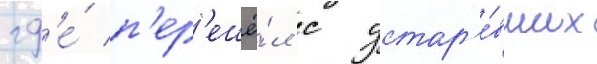
гд'е́ п'ер'ешё́л с устар'е́вших